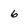
Character: 6